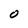
Character: O